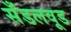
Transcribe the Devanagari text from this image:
सँडलवूड